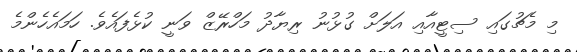
މި މެޗުގައި ސިޓީއާއި އަލަށް ގުޅުނު ރިޔާދު މަހްރޭޒް ވަނީ ކުޅެފައެވެ. ހަމައެހެންމެ